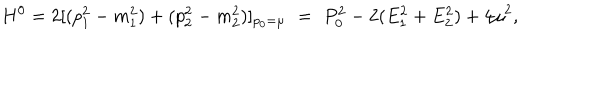
H ^ { 0 } = 2 [ ( p _ { 1 } ^ { 2 } - m _ { 1 } ^ { 2 } ) + ( p _ { 2 } ^ { 2 } - m _ { 2 } ^ { 2 } ) ] _ { p _ { 0 } = \mu } \, \, = \, \, P _ { 0 } ^ { 2 } - 2 ( E _ { 1 } ^ { 2 } + E _ { 2 } ^ { 2 } ) + 4 \mu ^ { 2 } ,